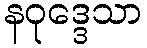
နဝုဒ္ဒေသာ